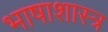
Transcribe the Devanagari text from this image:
भाषाशास्‍त्र